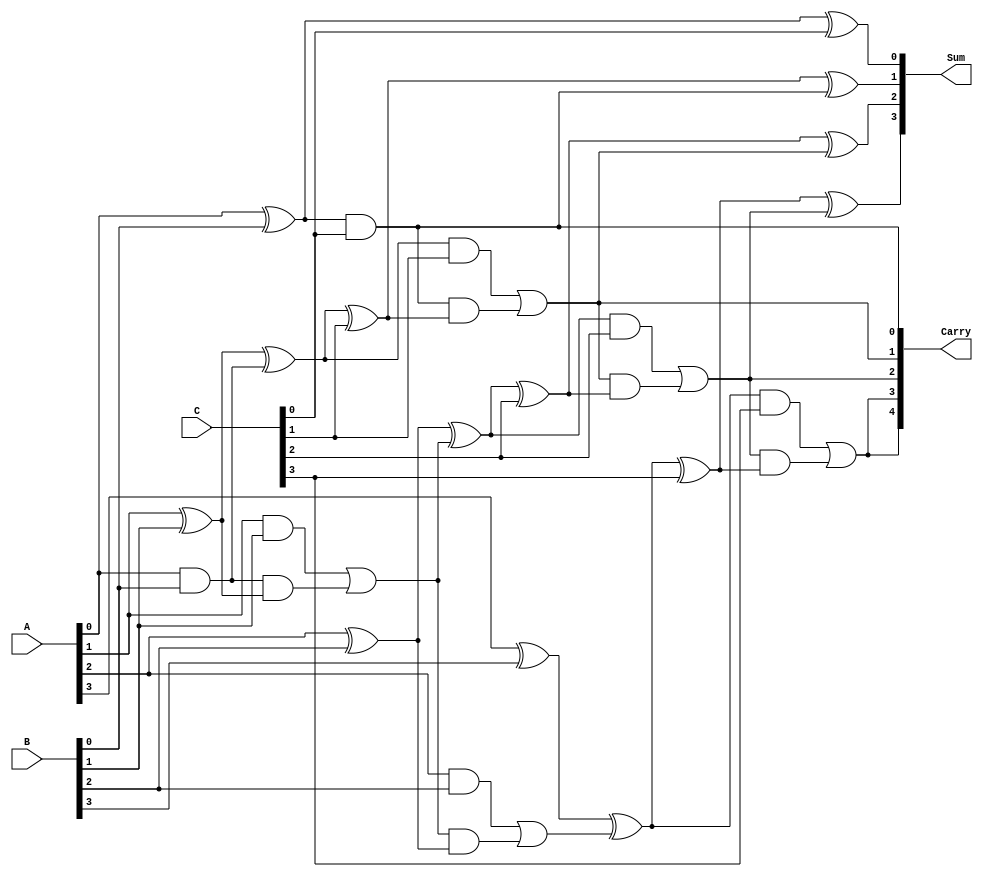
module DynamicCarrySaveAdder (
    input [3:0] A,
    input [3:0] B,
    input [3:0] C,
    output [4:0] Sum,
    output [4:0] Carry
);
    wire [3:0] sumAB, carryAB;
    wire [3:0] sumABC, carryABC;

    // First stage: Add A and B
    assign sumAB[0] = A[0] ^ B[0];
    assign carryAB[0] = A[0] & B[0];

    assign sumAB[1] = A[1] ^ B[1] ^ carryAB[0];
    assign carryAB[1] = (A[1] & B[1]) | (carryAB[0] & (A[1] ^ B[1]));

    assign sumAB[2] = A[2] ^ B[2] ^ carryAB[1];
    assign carryAB[2] = (A[2] & B[2]) | (carryAB[1] & (A[2] ^ B[2]));

    assign sumAB[3] = A[3] ^ B[3] ^ carryAB[2];
    assign carryAB[3] = (A[3] & B[3]) | (carryAB[2] & (A[3] ^ B[3]));

    // Second stage: Add sumAB and C
    assign Sum[0] = sumAB[0] ^ C[0];
    assign Carry[0] = sumAB[0] & C[0];

    assign Sum[1] = sumAB[1] ^ C[1] ^ Carry[0];
    assign Carry[1] = (sumAB[1] & C[1]) | (Carry[0] & (sumAB[1] ^ C[1]));

    assign Sum[2] = sumAB[2] ^ C[2] ^ Carry[1];
    assign Carry[2] = (sumAB[2] & C[2]) | (Carry[1] & (sumAB[2] ^ C[2]));

    assign Sum[3] = sumAB[3] ^ C[3] ^ Carry[2];
    assign Carry[3] = (sumAB[3] & C[3]) | (Carry[2] & (sumAB[3] ^ C[3]));

    // Final carry out
    assign Carry[4] = Carry[3];

endmodule